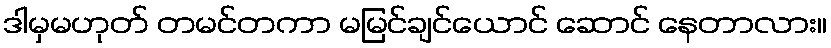
ဒါမှမဟုတ် တမင်တကာ မမြင်ချင်ယောင် ဆောင် နေတာလား။